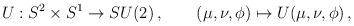
\begin{align*}U: S^2 \times S^1 \to SU(2)\,, \qquad (\mu, \nu, \phi) \mapsto U(\mu, \nu, \phi)\,,\end{align*}